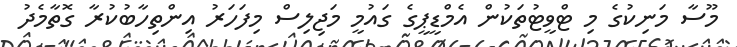
މޫސާ މަނިކުގެ މި ޓްވީޓުތަކުން އެމްޑީޕީގެ ގައުމީ މަޖިލިސް މިފަހަރު އިންތިހާބުކުރާ ގޮތާމެދު